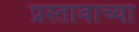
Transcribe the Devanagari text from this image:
प्रस्तावाच्या